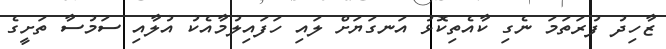
ޒާހިދު ފުރަތަމަ ނެގި ކާއެތިކޮޅު އަނގަޔަށް ލައި ހަފައިލުމާއެކު އުލާއި ސަމުސާ ތަށީގެ